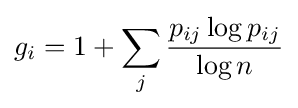
g_{i}=1+\sum _{j}{\frac {p_{ij}\log p_{ij}}{\log n}}